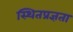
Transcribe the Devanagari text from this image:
स्थितप्रज्ञता